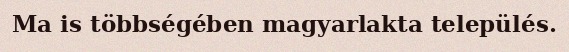
Ma is többségében magyarlakta település.